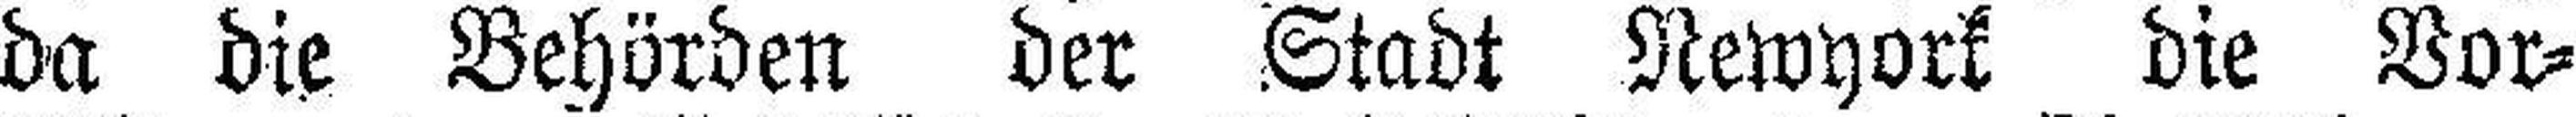
da die Behörden der Stadt Newyork die Vor¬